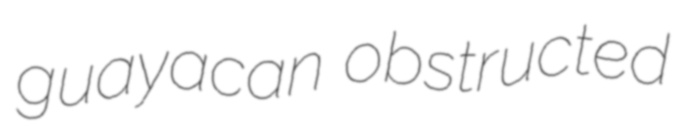
guayacan obstructed